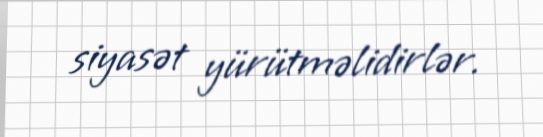
siyasət yürütməlidirlər.